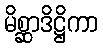
မိစ္ဆာဒိဋ္ဌိကာ